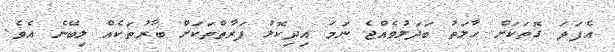
އެފަދަ ގޮތަކަށް ހާލަތު ބަދަލުވެއްޖެ ނަމަ އިދިކޮޅު ފަރާތްތަކަށް ބާރުތަކެއް ލިބޭނެ އެވެ.